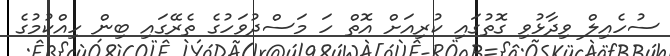
ސުހެއިލް ވިދާޅުވި ގޮތުގައި ކުރިއަށް އޮތް ހަ މަސްދުވަހުގެ ތެރޭގައި ބިން ހިއްކުމުގެ